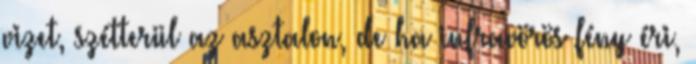
vizet, szétterül az asztalon, de ha infravörös fény éri,